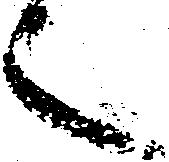
言